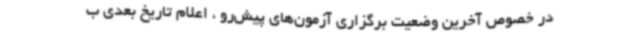
در خصوص آخرین وضعیت برگزاری آزمون‌های پیش‌رو ، اعلام تاریخ بعدی ب